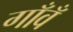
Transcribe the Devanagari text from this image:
गाँवँ